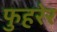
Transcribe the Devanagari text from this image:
फुहरेर